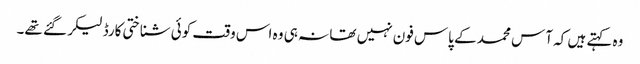
وہ کہتے ہیں کہ آس محمد کے پاس فون نہیں تھا نہ ہی وہ اس وقت کوئی شناختی کارڈ لیکر گئے تھے۔